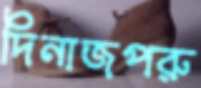
দিনাজপরু